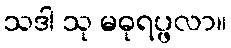
သဒါ သု မဓုရပ္ဖလာ။